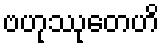
ဗဟုဿုတေဟိ